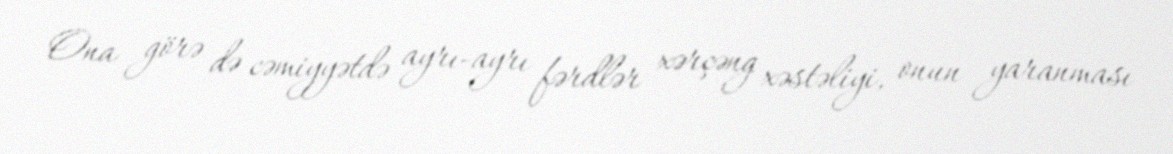
Ona görə də cəmiyyətdə ayrı-ayrı fərdlər xərçəng xəstəliyi, onun yaranması